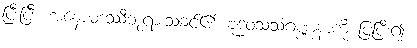
ပြီးပြီ။ အနောမဒဿီဘုရားသခင်၏ ဗုဒ္ဓဝံသသံဂဏ္ဏနာကို ပြပြီး၍။